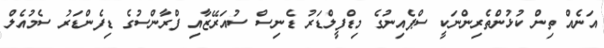
އަނެއް ތިން ކުޅުންތެރިންނަކީ ސްޕެއިނުގެ މިޑްފީލްޑަރު ޑެނިސް ސުއަރޭޒާއި ފްރާންސުގެ ޑިފެންޑަރު ސެމުއެލް